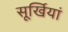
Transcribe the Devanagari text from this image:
सूर्खियां